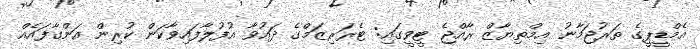
އެމްޑީޕީގެ ތަރުޖަމާނު އިމްތިޔާޒް ރާއްޖެ ޓީވީގައި: ޓެރަރިޒަމްގެ ދައުވާ އުފުލާފައިވާކަން ކުރިން އަންގާފައެއް